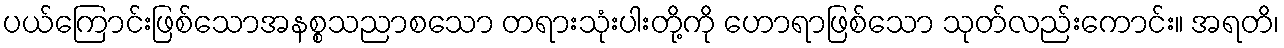
ပယ်ကြောင်းဖြစ်သောအနစ္စသညာစသော တရားသုံးပါးတို့ကို ဟောရာဖြစ်သော သုတ်လည်းကောင်း။ အရတိ၊